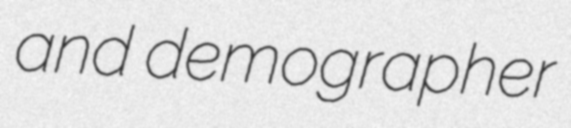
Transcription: and demographer